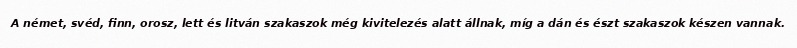
A német, svéd, finn, orosz, lett és litván szakaszok még kivitelezés alatt állnak, míg a dán és észt szakaszok készen vannak.